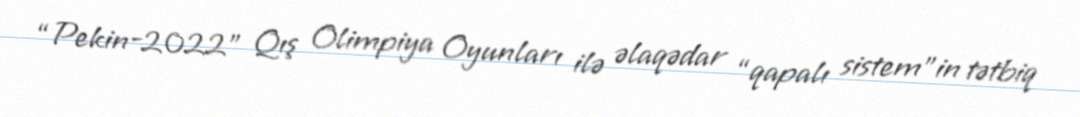
“Pekin-2022” Qış Olimpiya Oyunları ilə əlaqədar “qapalı sistem”in tətbiq